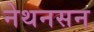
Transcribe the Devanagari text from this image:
नेथनसन